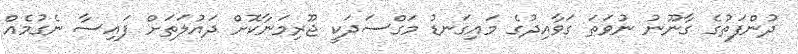
ދުންފަތުގެ ގާނޫނު ނުވަތަ ގަވާއިދުގެ މައިގަނޑު މަގްސަދަކީ ޖޫރިމަނާކޮށް ދައުލަތަށް ފައިސާ ނެގުމެއް